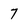
Character: 7